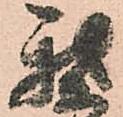
我